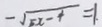
- \sqrt { 5 x - 4 } = 1 .